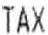
TAX